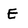
Character: E